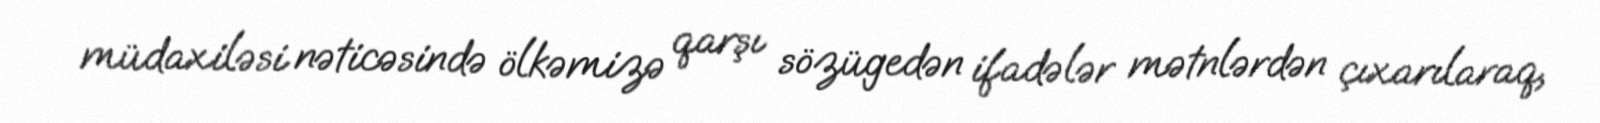
müdaxiləsi nəticəsində ölkəmizə qarşı sözügedən ifadələr mətnlərdən çıxarılaraq,